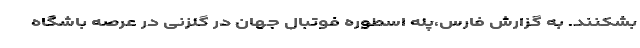
بشکنند. به گزارش فارس،‌پله اسطوره فوتبال جهان در گلزنی در عرصه باشگاه